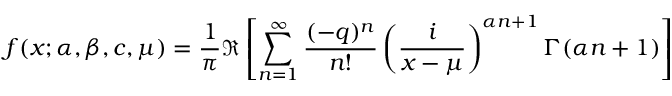
f ( x ; \alpha , \beta , c , \mu ) = { \frac { 1 } { \pi } } \Re \left[ \sum _ { n = 1 } ^ { \infty } { \frac { ( - q ) ^ { n } } { n ! } } \left( { \frac { i } { x - \mu } } \right) ^ { \alpha n + 1 } \Gamma ( \alpha n + 1 ) \right]